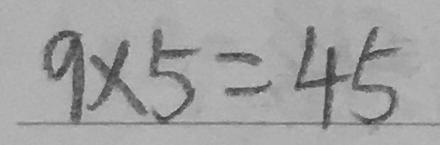
9 \times 5 = 4 5